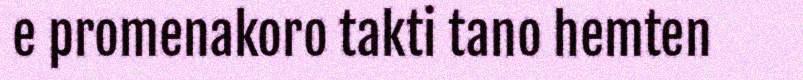
e promenakoro takti tano hemten